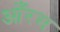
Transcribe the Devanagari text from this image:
आँरभ